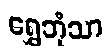
ရွှေဘုံသာ